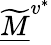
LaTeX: \widetilde{\underline{M}}^{v^{*}}